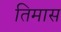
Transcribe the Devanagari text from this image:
तिमास